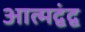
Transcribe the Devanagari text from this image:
आत्मद्वंद्व